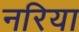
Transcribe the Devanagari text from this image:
नरिया